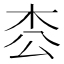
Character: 枩